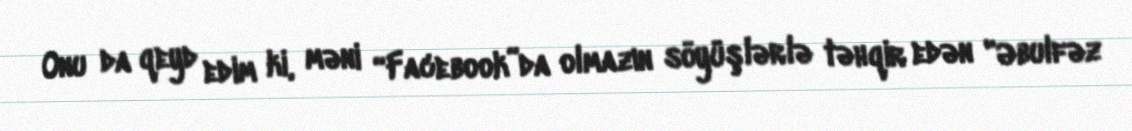
Onu da qeyd edim ki, məni “Facebook”da olmazın söyüşlərlə təhqir edən "Əbulfəz